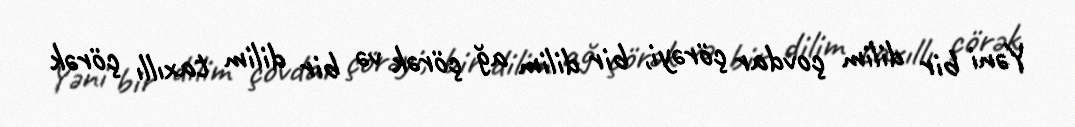
Yəni bir dilim çovdar çörəyi, bir dilim ağ çörək və bir dilim taxıllı çörək